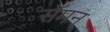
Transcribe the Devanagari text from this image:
सॅमन